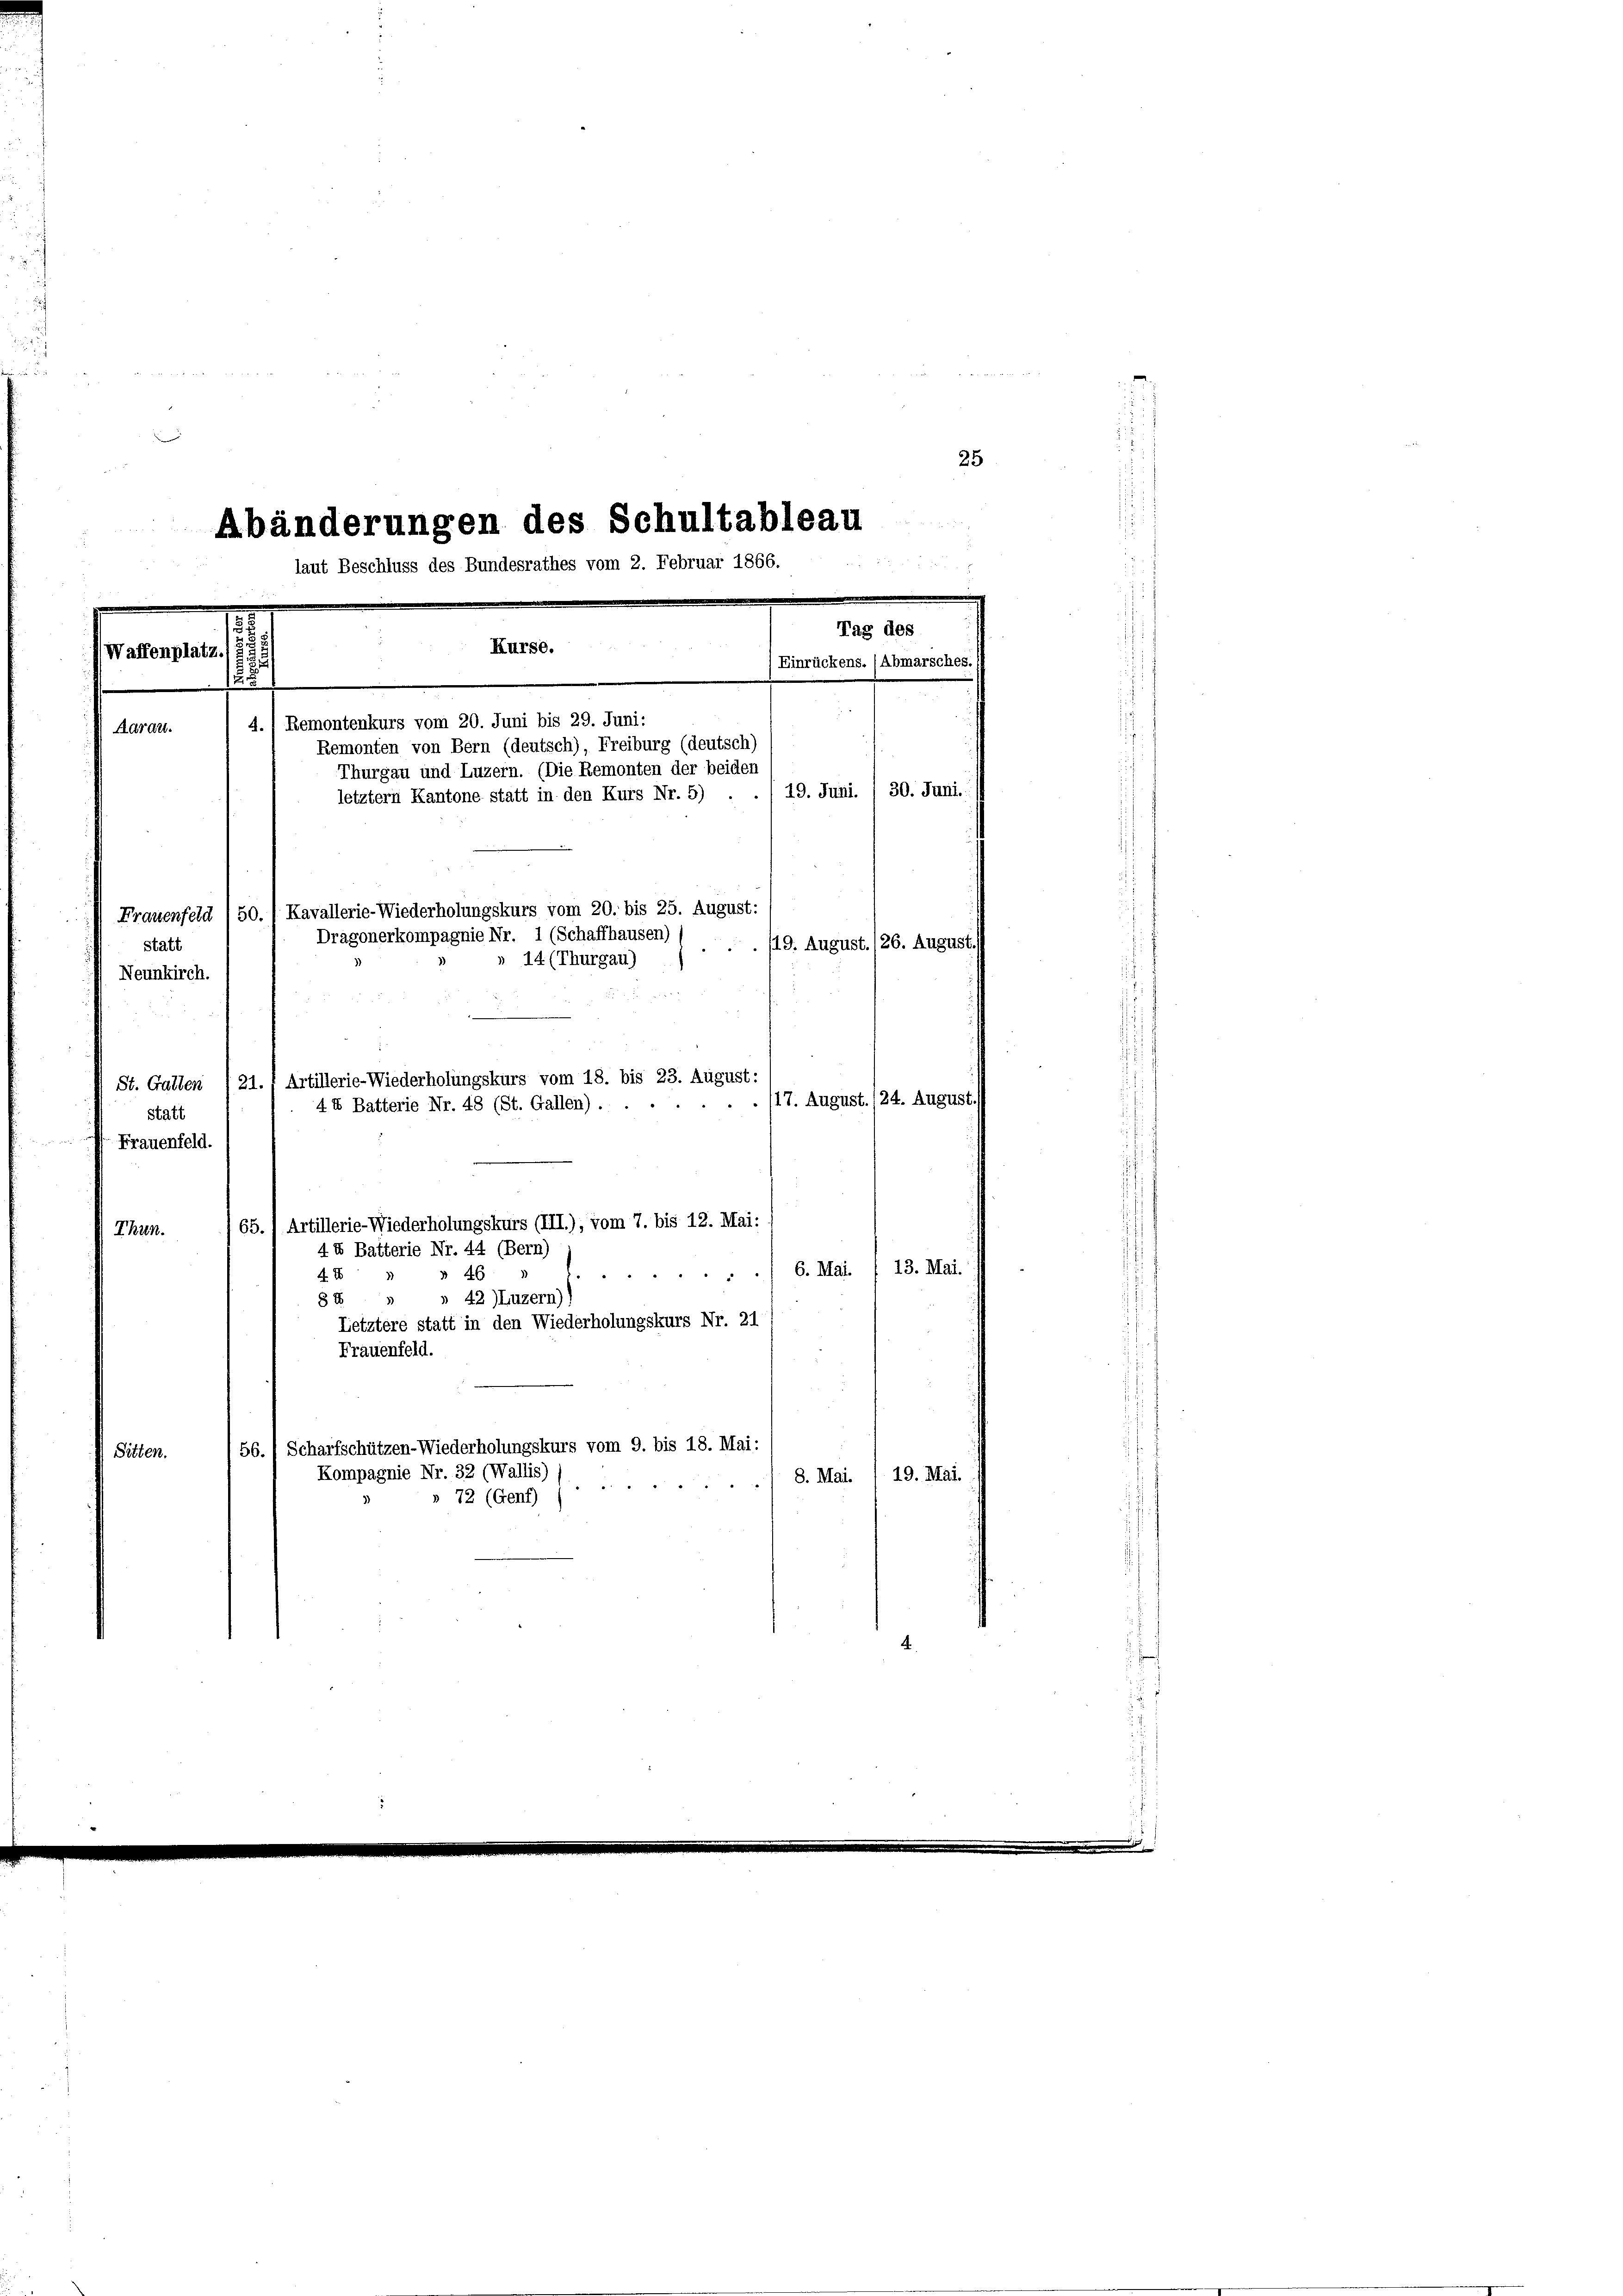
Remonten von Bern (deutsch), Freiburg (deutsch)
bis 25. August:
./19. August. 126. August.
Artillerie-Wiederholungskurs vom 18. bis 23. August:
St. Gallen (21
17. August. (24. August.
18 (St. Gallen).
4 I Batterie Ni
statt
Frauenfeld.
65.) Artillerie-Wiederholungskurs (III.), vom 7. bis 12. Mai:
Thun.
4 X Batterie Nr. 44 (Bern)
6. Mai. / 13. Mai.
46
2

48
88 " " 42 ) Luzern))
Letztere statt in den Wiederholungskurs Nr. 21
Frauenfeld.
56., Scharfschützen-Wiederholungskurs vom 9. bis 18. Mai:
Sitten.
Kompagnie Nr. 32 (Wallis)
8. Mai. 1. 19. Mai.
.
72 (Genf)

.
25

Abänderungen des Schultableau
laut Beschluss des Bundesrathes vom 2. Februar 1866.
Tag des
Kurse.
Waffenplatz.
.
Einrückens. (Abmarsches.)
u
4.) Remontenkurs vom 20. Juni bis 29. Juni:
Aaraut.

Thurgau und Luzern. (Die Remonten der beiden
19. Juni. / 30. Juni.
letztem Kantone statt in den Kurs Nr. 5)

20
om
Frauenfeld (50. / Kavallerie-Wiederholungskurs
che
hausen)
Dragonerkompagnie Nr. 1 (
statt
14 (Thurgau)
Neunkirch.
un